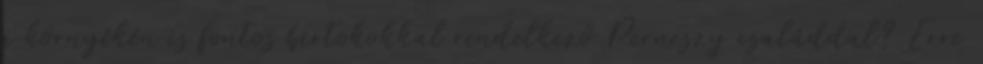
a környékén is fontos birtokokkal rendelkező Perneszy családdal? Erre